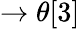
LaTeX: \rightarrow\theta[3]